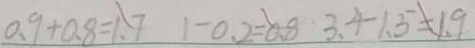
0 . 9 + 0 . 8 = 1 . 7 1 - 0 . 2 = 0 . 8 3 . 4 - 1 . 5 = 1 . 9